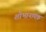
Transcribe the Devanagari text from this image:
शोभानायक